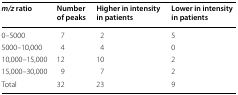
| m/z ratio | Number of peaks | Higher in intensity in patients | Lower in intensity in patients |
 | --- | --- | --- | --- |
 | 0–5000 | 7 | 2 | 5 |
 | 5000–10,000 | 4 | 4 | 0 |
 | 10,000–15,000 | 12 | 10 | 2 |
 | 15,000–30,000 | 9 | 7 | 2 |
 | Total | 32 | 23 | 9 |